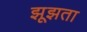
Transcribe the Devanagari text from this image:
झूझता